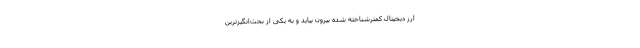
ارز دیجیتال کمترشناخته شده بیرون بیاید و به یکی از بحث‌انگیزترین